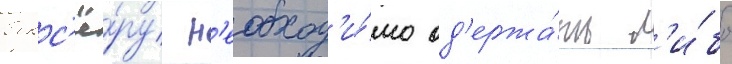
бокс'ё́ру н'еобход'и́мо од'ержа́ть л'и́бо